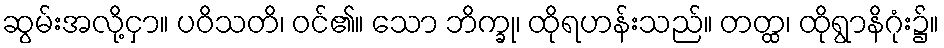
ဆွမ်းအလို့ငှာ။ ပဝိသတိ၊ ဝင်၏။ သော ဘိက္ခု၊ ထိုရဟန်းသည်။ တတ္ထ၊ ထိုရွာနိဂုံး၌။